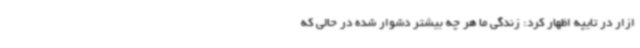
ازار در تایپه اظهار کرد: زندگی ما هر چه بیشتر دشوار شده در حالی که